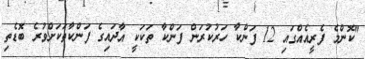
"ކޮންމެ ފެރީއެއްގައި 12 ފަންކާ ހަރުކުރަން ފަންކާ ތަކަކީ އާދައިގެ ފަންކާތަކަށްވުރެ ބޮޑެތި